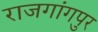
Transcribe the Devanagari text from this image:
राजगांगपुर